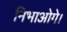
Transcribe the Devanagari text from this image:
निभाओगे।